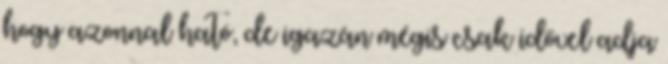
hogy azonnal ható, de igazán mégis csak idővel adja